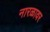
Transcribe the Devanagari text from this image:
नारळावर